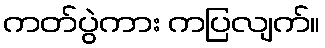
ကတ်ပွဲကား ကပြလျက်။